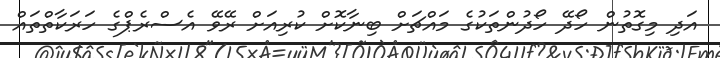
އަދި މިގޮތުން ހޯދޭ ހޯދުންތަކުގެ މައްޗަށް ބިނާކޮށް ކުރިއަށް ރޭވޭ އެސްރެޕްގެ ހަރަކާތްތައް